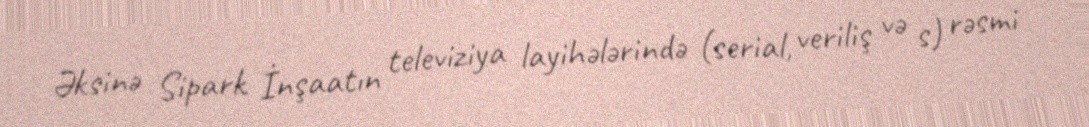
Əksinə Sipark İnşaatın televiziya layihələrində (serial, veriliş və s) rəsmi